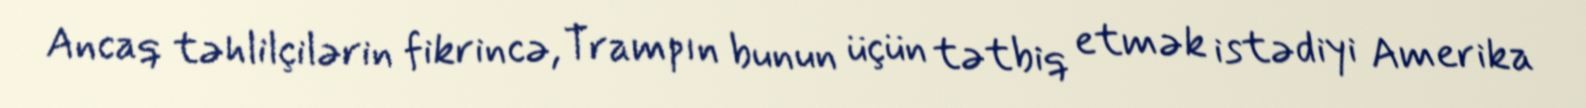
Ancaq təhlilçilərin fikrincə, Trampın bunun üçün tətbiq etmək istədiyi Amerika